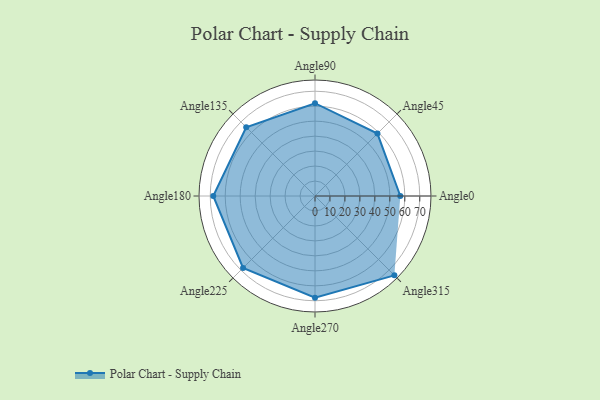
{"axis": {"x": "Angle", "y": "Radius"}, "legend": [""], "data": [{"x": "Angle0", "y": 57.0, "type": ""}, {"x": "Angle45", "y": 59.0, "type": ""}, {"x": "Angle90", "y": 62.0, "type": ""}, {"x": "Angle135", "y": 65.0, "type": ""}, {"x": "Angle180", "y": 68.0, "type": ""}, {"x": "Angle225", "y": 68.0, "type": ""}, {"x": "Angle270", "y": 68.0, "type": ""}, {"x": "Angle315", "y": 75.0, "type": ""}]}